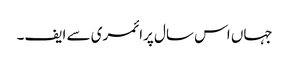
جہاں اس سال پرائمری سے ایف۔